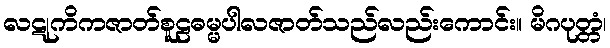
လဋုကိကဇာတ်စူဠဓမ္မပါလဇာတ်သည်လည်းကောင်း။ မိဂပုတ္တံ၊